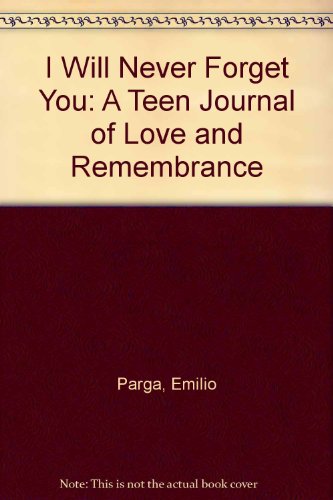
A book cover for I Will Never Forget You; Emilio Parga; Teen & Young Adult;